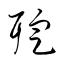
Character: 聢